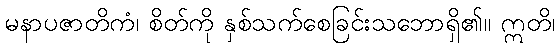
မနာပဇာတိကံ၊ စိတ်ကို နှစ်သက်စေခြင်းသဘောရှိ၏။ ဣတိ၊